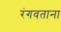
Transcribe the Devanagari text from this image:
रंगवताना